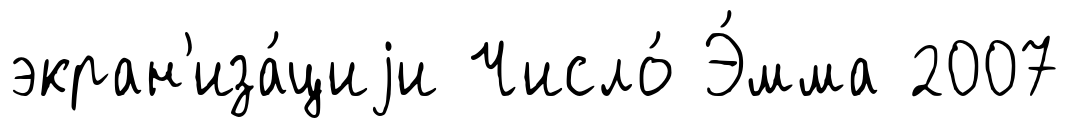
экран'иза́циjи Число́ Э́мма 2007